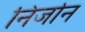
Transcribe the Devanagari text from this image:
निर्जान